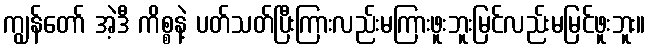
ကျွန်တော် အဲ့ဒီ ကိစ္စနဲ့ ပတ်သတ်ပြီးကြားလည်းမကြားဖူးဘူးမြင်လည်းမမြင်ဖူးဘူး။